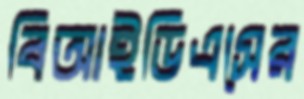
বিআইডিএসের